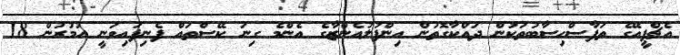
އެޗްޕީއޭގެ ތަފާސްހިސާބުތަކުން ދައްކާގޮތުން އިންފުލުއެންޒާގެ އެންމެ ގިނަ ކޭސްތައް ފެނިފައިވަނީ އުމުރުން 18